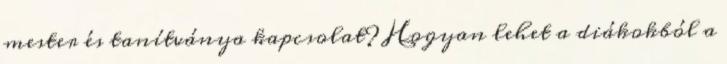
mester és tanítványa kapcsolat? Hogyan lehet a diákokból a